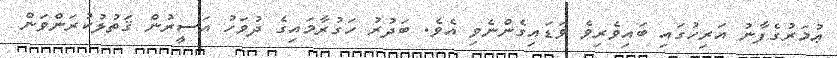
ޢުމަރުގެފާނު އަރިހުގައި ބައިވެރިވެ ވަޑައިގެންނެވި އެވެ. ބަދުރު ހަގުރާމައިގެ ދުވަހު އަސީރުން ޤަތުލުކުރަންވަން